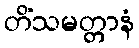
တိံသမတ္တာနံ